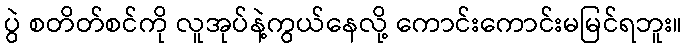
ပွဲ စတိတ်စင်ကို လူအုပ်နဲ့ကွယ်နေလို့ ကောင်းကောင်းမမြင်ရဘူး။